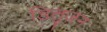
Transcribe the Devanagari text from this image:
डिलुज़न